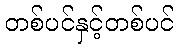
တစ်ပင်နှင့်တစ်ပင်